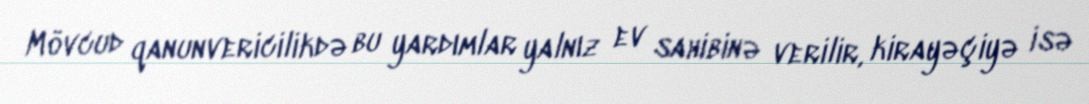
Mövcud qanunvericilikdə bu yardımlar yalnız ev sahibinə verilir, kirayəçiyə isə